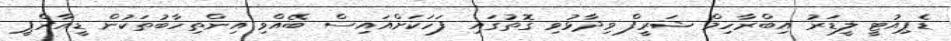
ޑެޕިއުޓީ ލީޑަރު އިބްރާހިމް ޝަރީފް ވިދާޅުވި ގޮތުގައި ފަހަކަށްއައިސް ބޭއްވި އިންތިހާބުތަކުން ޑީއާރްޕީ